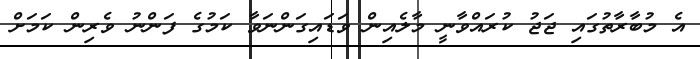
އެ މުބާރާތުގައި ޖަޖު ކުރައްވާނީ މާލެއިން ވަޑައިގަންނަވާ ކަމުގެ ފަންނު ވެރިން ކަމަށް